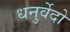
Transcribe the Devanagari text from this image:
धनुर्वेदो